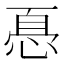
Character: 㥑